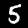
Digit: 5